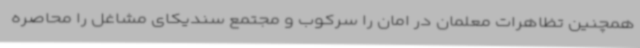
همچنین تظاهرات معلمان در امان را سرکوب و مجتمع سندیکای مشاغل را محاصره